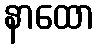
နာထော